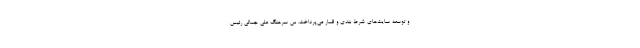
و توسعه سایت‌های شرط بندی و قمار می‌پرداخت. س سرهنگ علی جمالی رئیس